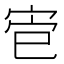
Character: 𫳄